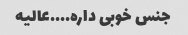
جنس خوبی داره....عالیه